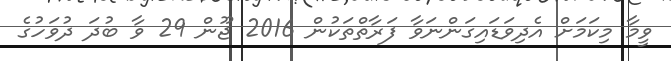
ވީމާ މިކަމަށް އެދިވަޑައިގަންނަވާ ފަރާތްތަކުން 2016 ޖޫން 29 ވާ ބުދަ ދުވަހުގެ